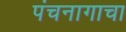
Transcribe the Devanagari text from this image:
पंचनागाचा